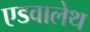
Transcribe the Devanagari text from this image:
एडवालेथ